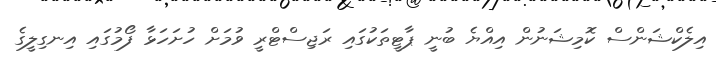
އިލެކްޝަންސް ކޮމިޝަނުން އިއްޔެ ބުނީ ޕާޓީތަކުގައި ރަޖިސްޓްރީ ވުމަށް ހުށަހަޅާ ފޯމުގައި އިނގިލީގެ